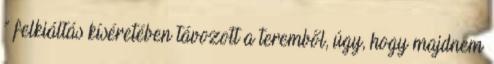
” felkiáltás kíséretében távozott a teremből, úgy, hogy majdnem